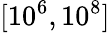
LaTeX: [10^{6},10^{8}]